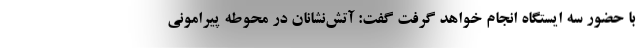
با حضور سه ایستگاه انجام خواهد گرفت گفت: آتش‌نشانان در محوطه پیرامونی